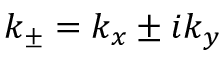
k _ { \pm } = k _ { x } \pm i k _ { y }